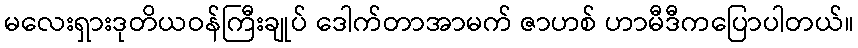
မလေးရှားဒုတိယဝန်ကြီးချုပ် ဒေါက်တာအာမက် ဇာဟစ် ဟာမီဒီကပြောပါတယ်။